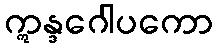
ဣန္ဒဂေါပကော